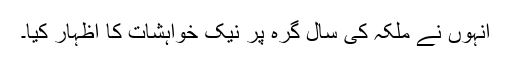
انہوں نے ملکہ کی سال گرہ پر نیک خواہشات کا اظہار کیا۔